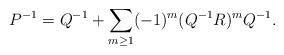
LaTeX: \begin{align*} P^{-1}= Q^{-1}+\sum_{m\geq 1}(-1)^m(Q^{-1}R)^mQ^{-1}.\end{align*}